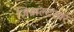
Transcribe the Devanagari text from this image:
जिब्राल्टरवर